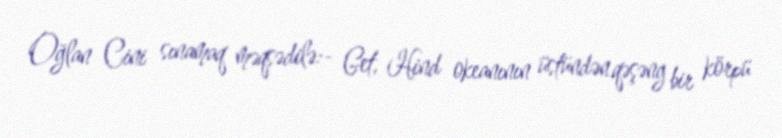
Oğlan Cini sınamaq məqsədilə:- Get, Hind okeanının üstündən qəşəng bir körpü